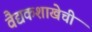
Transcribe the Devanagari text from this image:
वैद्यकशाखेची